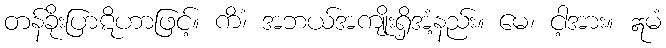
တန်ခိုးပြာဋိဟာဖြင့်။ ကိံ၊ အဘယ်အကျိုးရှိအံ့နည်း။ မေ၊ ငါ့အား။ ဣမံ